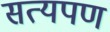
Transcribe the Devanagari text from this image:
सत्यपण